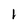
Character: 1